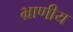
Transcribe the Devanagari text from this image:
भ्राणीय